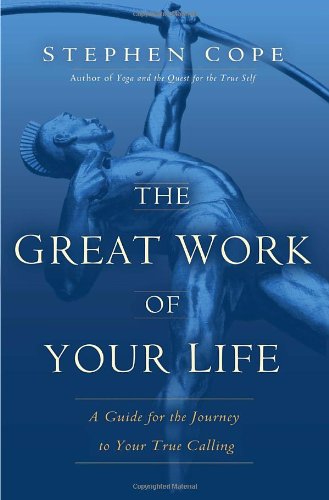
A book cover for The Great Work of Your Life: A Guide for the Journey to Your True Calling; Stephen Cope; Health, Fitness & Dieting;